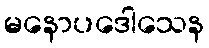
မနောပဒေါသေန